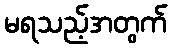
မရသည့်အတွက်